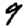
Digit: 9